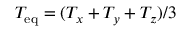
T _ { \mathrm { e q } } = ( T _ { x } + T _ { y } + T _ { z } ) / 3